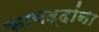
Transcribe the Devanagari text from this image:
कायद्दांना